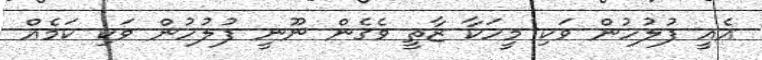
އެއީ ފުލުހުން ވަކި މީހަކާ ޒާތީ ވެގެން ނޫނީ ފުލުހުން ވަކި ކަމެއް